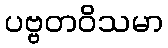
ပဗ္ဗတဝိသမာ